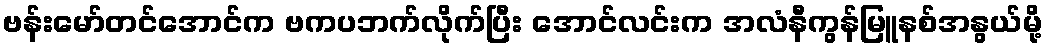
ဗန်းမော်တင်အောင်က ဗကပဘက်လိုက်ပြီး အောင်လင်းက အလံနီကွန်မြူနစ်အနွယ်မို့